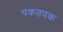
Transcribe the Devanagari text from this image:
पकतपक